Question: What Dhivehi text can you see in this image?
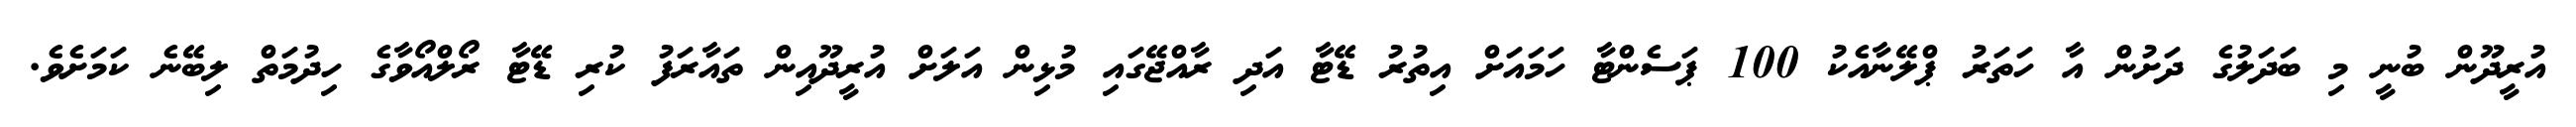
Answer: އުރީދޫން ބުނީ މި ބަދަލުގެ ދަށުން އާ ހަތަރު ޕްލޭނާއެކު 100 ޕަސެންޓާ ހަމައަށް އިތުރު ޑޭޓާ އަދި ރާއްޖޭގައި މުޅިން އަލަށް އުރީދޫއިން ތައާރަފު ކުރި ޑޭޓާ ރޯލްއޯވާގެ ހިދުމަތް ލިބޭނެ ކަމަށެވެ.